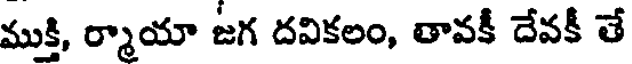
ముక్తి, ర్మాయా జగ దవికలం, తావకీ దేవకీ తే